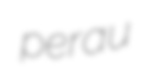
perau